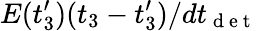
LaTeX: E(t_{3}^{\prime})(t_{3}-t_{3}^{\prime})/dt_{\mathrm{~d~e~t~}}